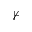
\nvdash